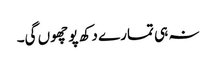
نہ ہی تمارے دکھ پو چھوں گی۔